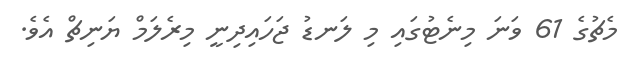
މެޗުގެ 61 ވަނަ މިނެޓުގައި މި ލަނޑު ޖަހައިދިނީ މިރެލަމް ޔަނިޗް އެވެ.